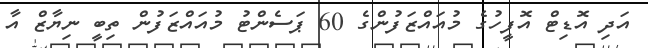
އަދި އޮޑިޓް އޮފީހުގެ މުއައްޒަފުންގެ 60 ޕަސެންޓު މުއައްޒަފުން ތިބީ ނިޔާޒް އާ